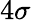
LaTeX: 4\sigma